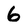
Character: 6